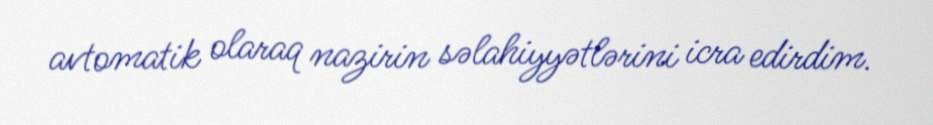
avtomatik olaraq nazirin səlahiyyətlərini icra edirdim.